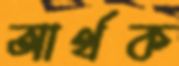
আর্থক